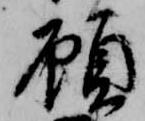
顧